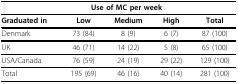
<table><thead><tr><td></td><td colspan="3"><b>Use of MC per week</b></td><td></td></tr></thead><tbody><tr><td><b>Graduated in</b></td><td><b>Low</b></td><td><b>Medium</b></td><td><b>High</b></td><td><b>Total</b></td></tr><tr><td>Denmark</td><td>73 (84)</td><td>8 (9)</td><td>6 (7)</td><td>87 (100)</td></tr><tr><td>UK</td><td>46 (71)</td><td>14 (22)</td><td>5 (8)</td><td>65 (100)</td></tr><tr><td>USA/Canada</td><td>76 (59)</td><td>24 (19)</td><td>29 (22)</td><td>129 (100)</td></tr><tr><td>Total</td><td>195 (69)</td><td>46 (16)</td><td>40 (14)</td><td>281 (100)</td></tr></tbody></table>